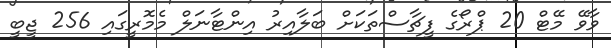
ވާވޭ މޭޓް 20 ޕްރޯގެ ފީޗާސްތަކަށް ބަލާއިރު އިންޓާނަލް މެމޮރީގައި 256 ޖީބީ